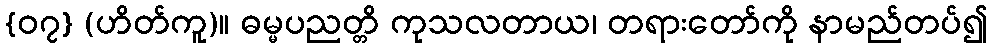
{၀၇} (ဟိတ်ကူ)။ ဓမ္မပညတ္တိ ကုသလတာယ၊ တရားတော်ကို နာမည်တပ်၍